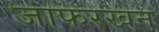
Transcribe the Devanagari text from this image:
जाफरखन